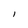
Character: I